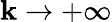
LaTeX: \mathbf{k}\rightarrow+\infty